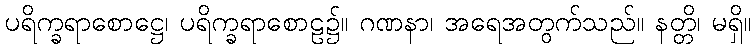
ပရိက္ခရာစောဋ္ဌေ၊ ပရိက္ခရာစောဠ၌။ ဂဏနာ၊ အရေအတွက်သည်။ နတ္တိ၊ မရှိ။